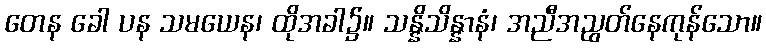
တေန ခေါ ပန သမယေန၊ ထိုအခါ၌။ သန္နိသိန္နာနံ၊ အညီအညွတ်နေကုန်သော။